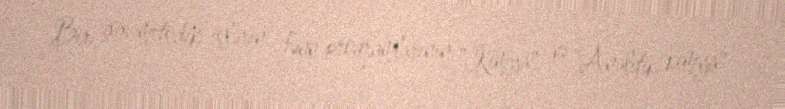
Bir çox metodik işlərin, fənn proqramlarının, "Kimya" və "Analitik kimya"